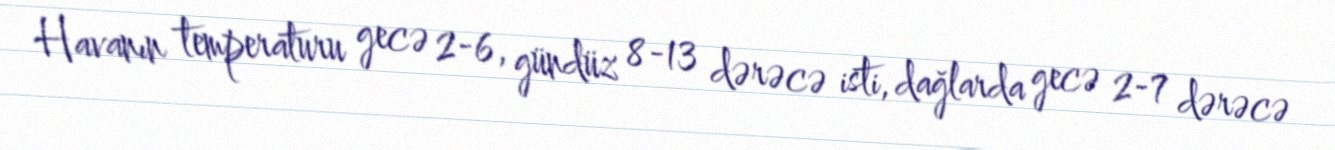
Havanın temperaturu gecə 2-6, gündüz 8-13 dərəcə isti, dağlarda gecə 2-7 dərəcə